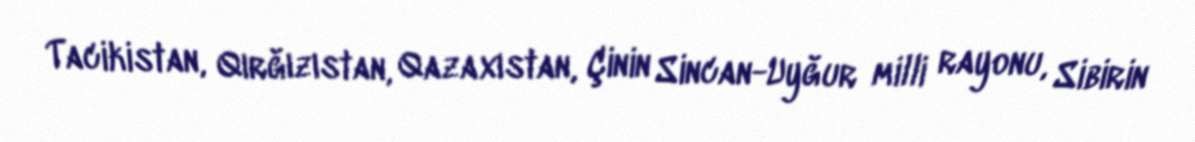
Tacikistan, Qırğızıstan, Qazaxıstan, Çinin Sincan-Uyğur milli rayonu, Sibirin